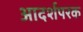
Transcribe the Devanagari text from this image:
आदर्शपरक